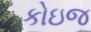
કોઇજ